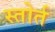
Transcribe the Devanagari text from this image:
स्तोर्त